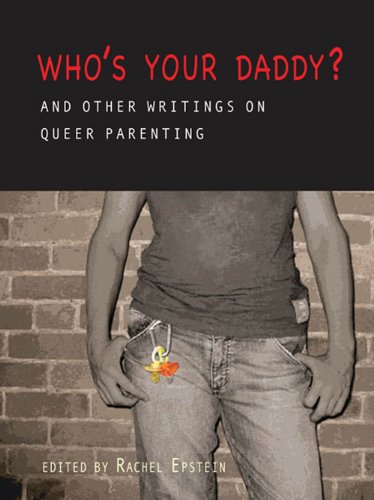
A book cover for Who's Your Daddy?: And Other Writings on Queer Parenting; Gay & Lesbian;